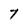
Character: 7